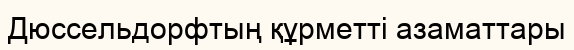
Дюссельдорфтың құрметті азаматтары